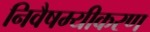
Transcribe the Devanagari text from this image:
निवैषम्यीकरण